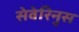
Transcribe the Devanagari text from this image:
सेवेरिनुस